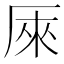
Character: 𠩬